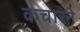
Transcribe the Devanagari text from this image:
कचारने